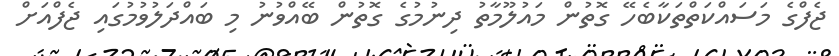
ޖެފްގެ މަސައްކަތްތަކާބެހޭ ގޮތުން މައުލޫމާތު ދިނުމުގެ ގޮތުން ބޭއްވުނު މި ބައްދަލުވުމުގައި ޖެފްއަށް